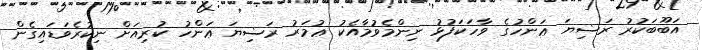
އަބޫބަކުރު ރަޟިޔަ ޢަންހުގެ ވާހަކަފުޅު ނިންމެވުމާއެކު ޢުމަރު ރަޟިޔަ ޢަންހު ކުރިއަށް ނިކުރެވަޑައިގެން